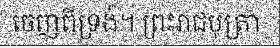
ចេញពីទ្រង់។ ព្រះរាជបុត្រា